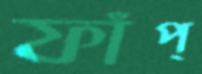
ফাঁপ্‌